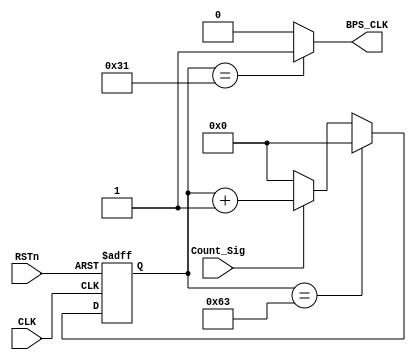
module rx_bps_module
(
    CLK, RSTn,
	Count_Sig, 
	BPS_CLK
);

     input CLK;
	 input RSTn;
	 input Count_Sig;
	 output BPS_CLK;
	 
	 /***************************/
	 //1000kbps
	 reg [15:0] Count_BPS;
	 
	 always @ ( posedge CLK or negedge RSTn )
	     if( !RSTn )
		     Count_BPS <= 16'd0;
		 else if( Count_BPS == 16'd99 )		//kbps
		     Count_BPS <= 16'd0;
		 else if( Count_Sig )
		     Count_BPS <= Count_BPS + 1'b1;
		 else
		     Count_BPS <= 16'd0;
			  
	 /********************************/

    assign BPS_CLK = ( Count_BPS == 16'd49 ) ? 1'b1 : 1'b0;		//kbps

    /*********************************/

endmodule